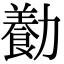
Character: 㔦